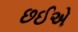
છઈએ